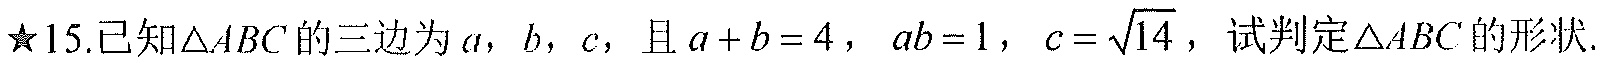
★15.已知\(\triangle ABC\)的三边为\(a\)，\(b\)，\(c\)，且\(a + b = 4\)，\(ab = 1\)，\(c = \sqrt{14}\)，试判定\(\triangle ABC\)的形状.